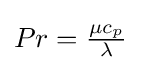
Pr={\tfrac {\mu c_{p}}{\lambda }}